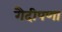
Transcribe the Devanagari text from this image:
गैदीपणा